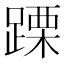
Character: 𨃙